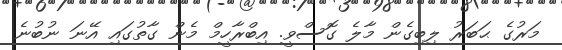
މަރުގެ ޙަބަރު ލިބިގެން މާލެ ގޮސްވީ. އިބްރާހީމް މެން ގާތުގައި އޭނަ ނުބުނެ